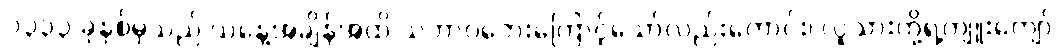
၁၃၃၃ ခုနှစ်မှသည် ယနေ့အချိန်အထိ သဘာဝဘေးကြောင့်သော်လည်းကောင်း၊ လူသားတို့ရဲ့ကျူးကျော်